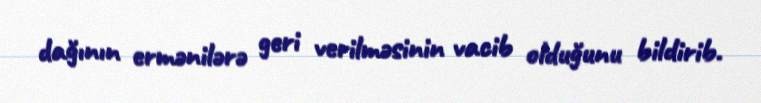
dağının ermənilərə geri verilməsinin vacib olduğunu bildirib.